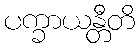
ပက္ခာယန္တီတိ